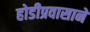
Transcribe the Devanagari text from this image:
होडीप्रवासाने